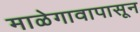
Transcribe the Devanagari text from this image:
माळेगावापासून